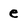
Character: e